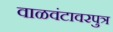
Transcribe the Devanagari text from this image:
वाळवंटावरपुत्र